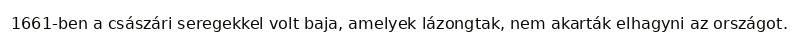
1661-ben a császári seregekkel volt baja, amelyek lázongtak, nem akarták elhagyni az országot.